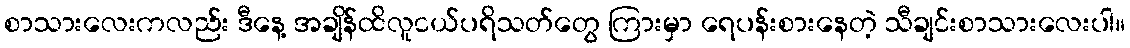
စာသားလေးကလည်း ဒီနေ့ အချိန်ထိလူငယ်ပရိသတ်တွေ ကြားမှာ ရေပန်းစားနေတဲ့ သီချင်းစာသားလေးပါ။